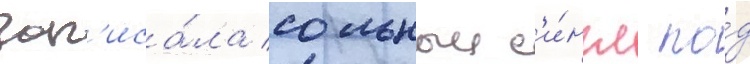
зап'иса́ла сольныи с'и́нгл по́д